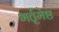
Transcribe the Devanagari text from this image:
भर्तृमेष्ठ